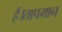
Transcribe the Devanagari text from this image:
हैं।तापमान